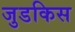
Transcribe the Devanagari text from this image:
जुडकिस